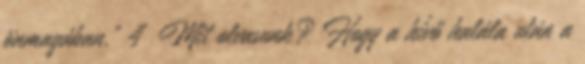
önmagában.” 4 Mit olvasunk? Hogy a hívő halála után a